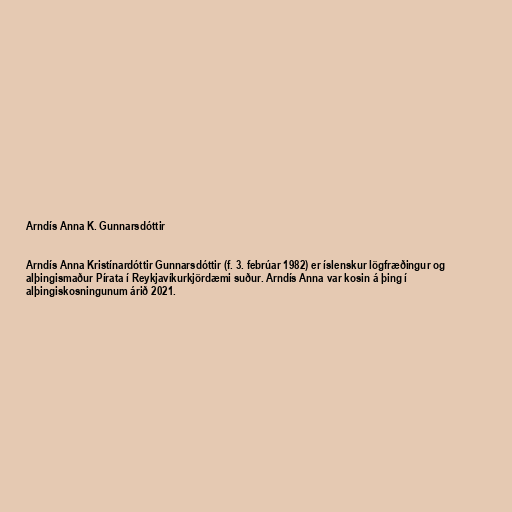
Arndís Anna K. Gunnarsdóttir

Arndís Anna Kristínardóttir Gunnarsdóttir (f. 3. febrúar 1982) er íslenskur lögfræðingur og
alþingismaður Pírata í Reykjavíkurkjördæmi suður. Arndís Anna var kosin á þing í
alþingiskosningunum árið 2021.